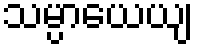
သမ္ပာယေယျ